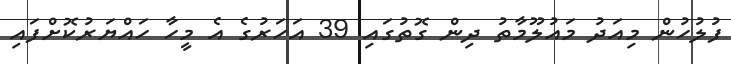
ފުލުހުން މިއަދު މައުލޫމާތު ދިން ގޮތުގައި 39 އަހަރުގެ އެ މީހާ ހައްޔަރުކޮށްފައި